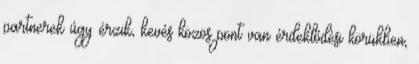
partnerek úgy érzik, kevés közös pont van érdeklődési körükben,